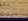
ذروة